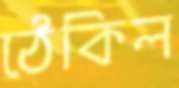
ঠেকিল